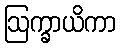
ဩက္ခာယိကာ